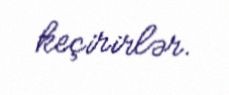
keçirirlər.